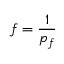
f = \frac { 1 } { p _ { f } }